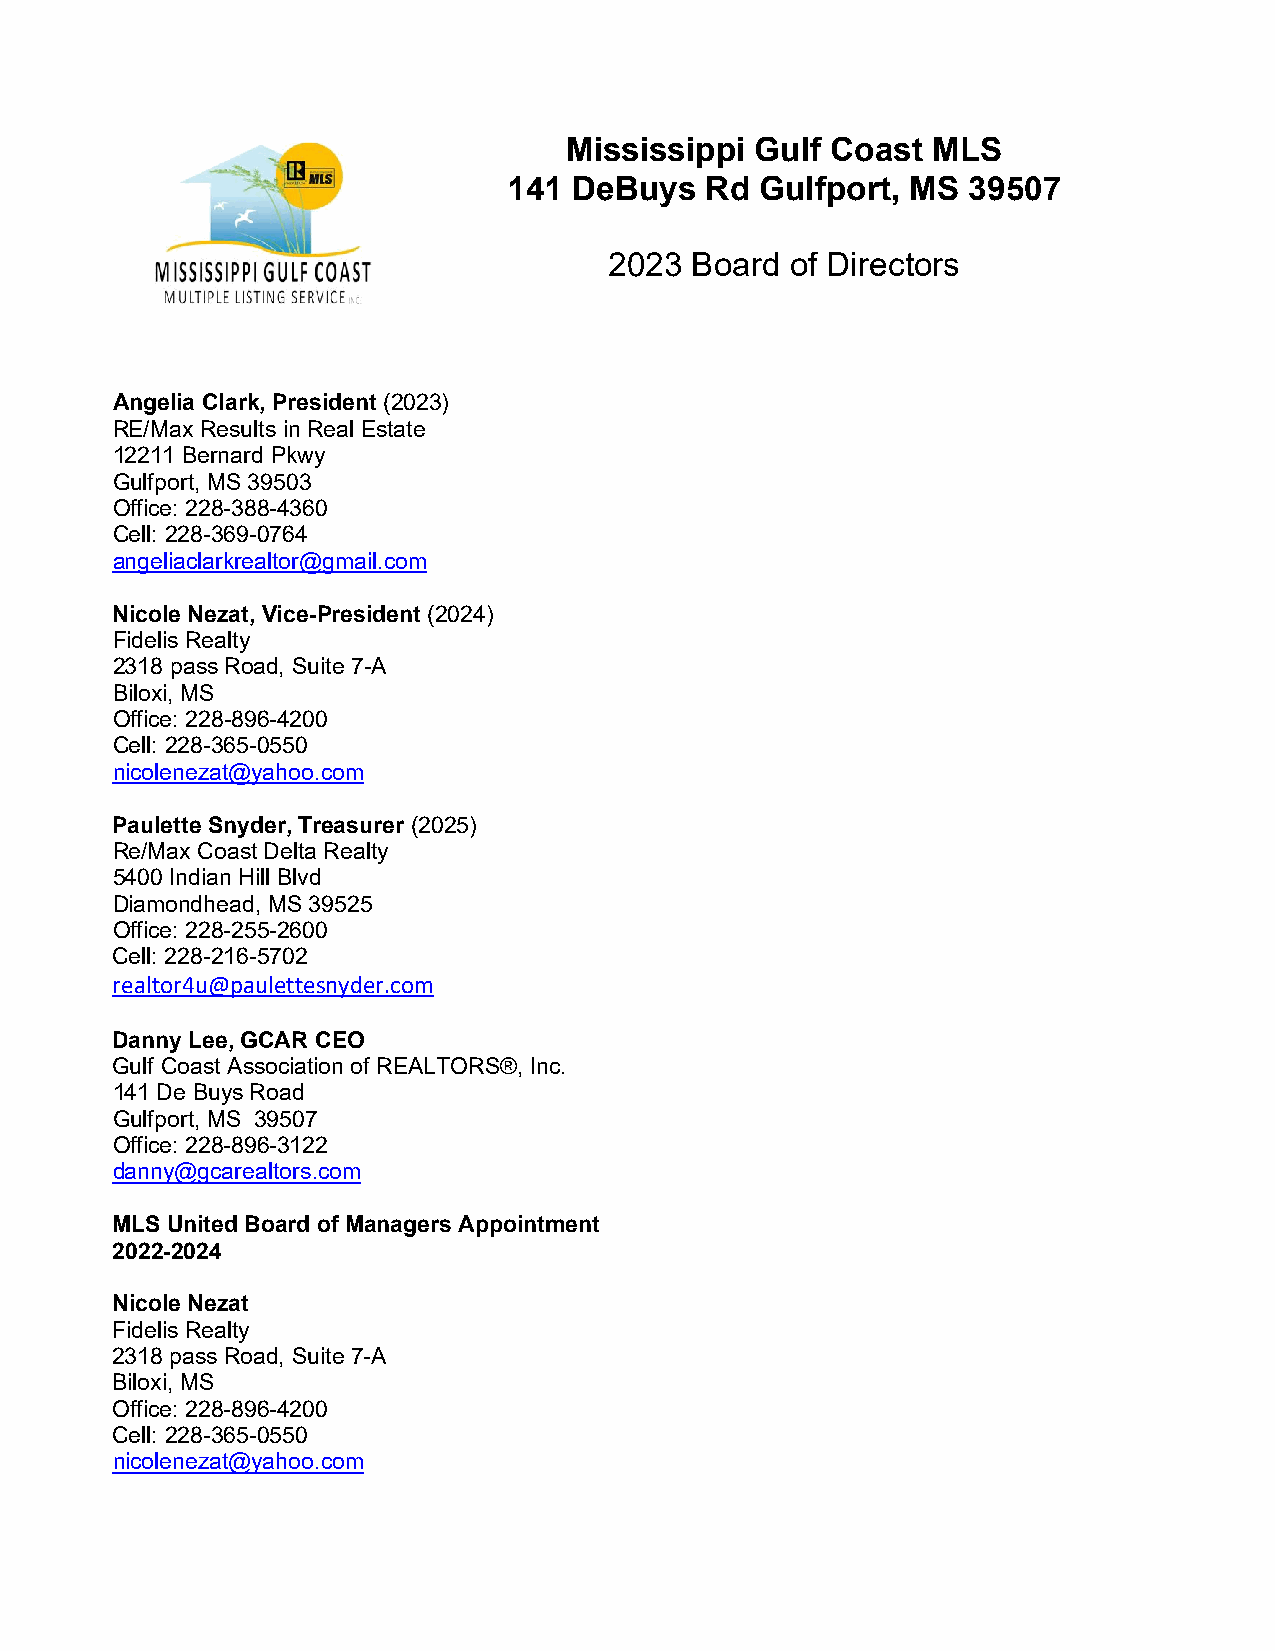
Mississippi  Gulf Coast  MLS
 141 DeBuys   Rd Gulfport, MS  39507
 2023  Board of Directors
 Angelia Clark, President (2023)
 RE/Max Results in Real Estate
 12211 Bernard Pkwy
 Gulfport, MS 39503
 Office: 228-388-4360
 Cell: 228-369-0764
 angeliaclarkrealtor@gmail.com
 Nicole Nezat, Vice-President (2024)
 Fidelis Realty
 2318 pass Road, Suite 7-A
 Biloxi, MS
 Office: 228-896-4200
 Cell: 228-365-0550
 nicolenezat@yahoo.com
 Paulette Snyder, Treasurer (2025)
 Re/Max Coast Delta Realty
 5400 Indian Hill Blvd
 Diamondhead, MS 39525
 Office: 228-255-2600
 Cell: 228-216-5702
 realtor4u@paulettesnyder.com
 Danny Lee, GCAR CEO
 Gulf Coast Association of REALTORS®, Inc.
 141 De Buys Road
 Gulfport, MS 39507
 Office: 228-896-3122
 danny@gcarealtors.com
 MLS United Board of Managers Appointment
 2022-2024
 Nicole Nezat
 Fidelis Realty
 2318 pass Road, Suite 7-A
 Biloxi, MS
 Office: 228-896-4200
 Cell: 228-365-0550
 nicolenezat@yahoo.com